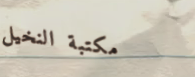
مكتبة النخيل